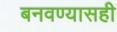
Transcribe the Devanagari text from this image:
बनवण्यासही